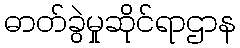
ဓာတ်ခွဲမှုဆိုင်ရာဌာန